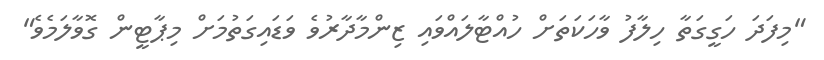
"މިފަދަ ހަގީގަތާ ހިލާފު ވާހަކަތަށް ހުއްޓާލައްވައި ޒިންމާދާރުވެ ވަޑައިގަަތުމަށް މިޕާޓީން ގޮވާލަމެވެ"